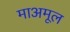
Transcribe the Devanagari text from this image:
माअमूल